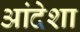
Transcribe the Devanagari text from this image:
आंदेशा